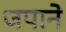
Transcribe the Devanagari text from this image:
जपाने